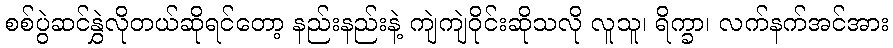
စစ်ပွဲဆင်နွှဲလိုတယ်ဆိုရင်တော့ နည်းနည်းနဲ့ ကျဲကျဲဝိုင်းဆိုသလို လူသူ၊ ရိက္ခာ၊ လက်နက်အင်အား